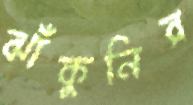
ঝাঁকুনির